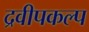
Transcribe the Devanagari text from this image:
द्रवीपकल्प